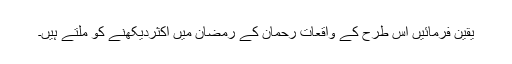
یقین فرمائیں اس طرح کے واقعات رِحمان کے رَمضان میں اکثردیکھنے کو ملتے ہیں۔